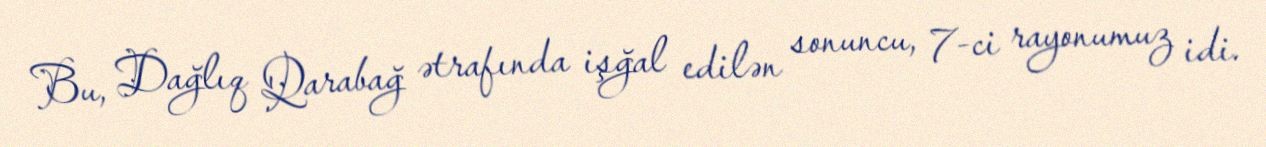
Bu, Dağlıq Qarabağ ətrafında işğal edilən sonuncu, 7-ci rayonumuz idi.